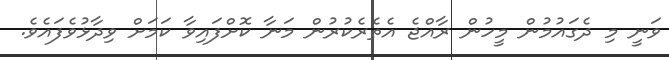
ވަނީ މި ދެގައުމުން މީހުން ރާއްޖެ އެތެރެކުރުން މަނާ ކޮށްފައިވާ ކަމަށް ވިދާޅުވެފައެވެ.